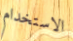
الاستخدام